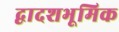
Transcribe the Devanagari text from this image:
द्वादशभूमिक